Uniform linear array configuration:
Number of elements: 64
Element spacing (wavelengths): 0.5
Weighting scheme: uniform
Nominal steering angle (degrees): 30
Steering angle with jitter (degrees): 31.843
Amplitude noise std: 0.05
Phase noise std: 0.05

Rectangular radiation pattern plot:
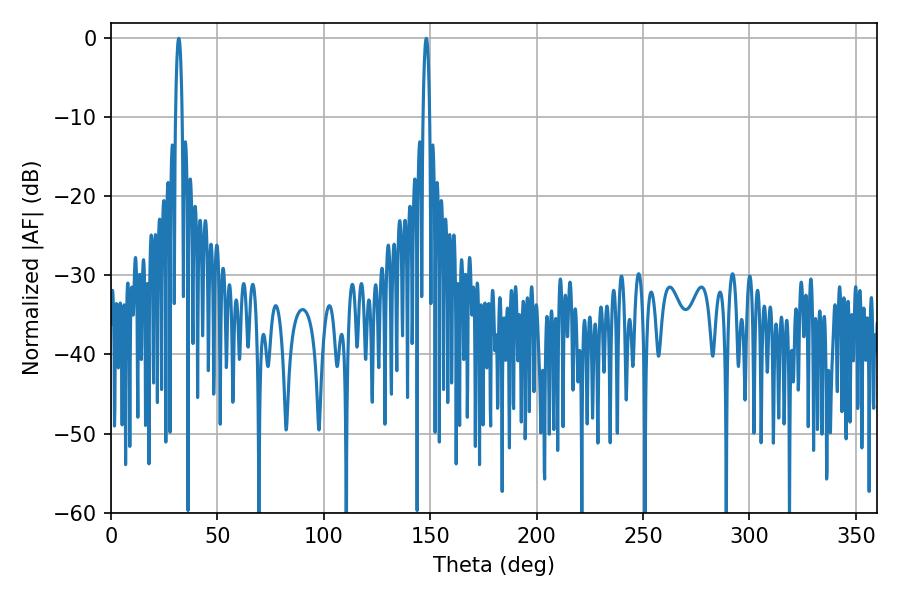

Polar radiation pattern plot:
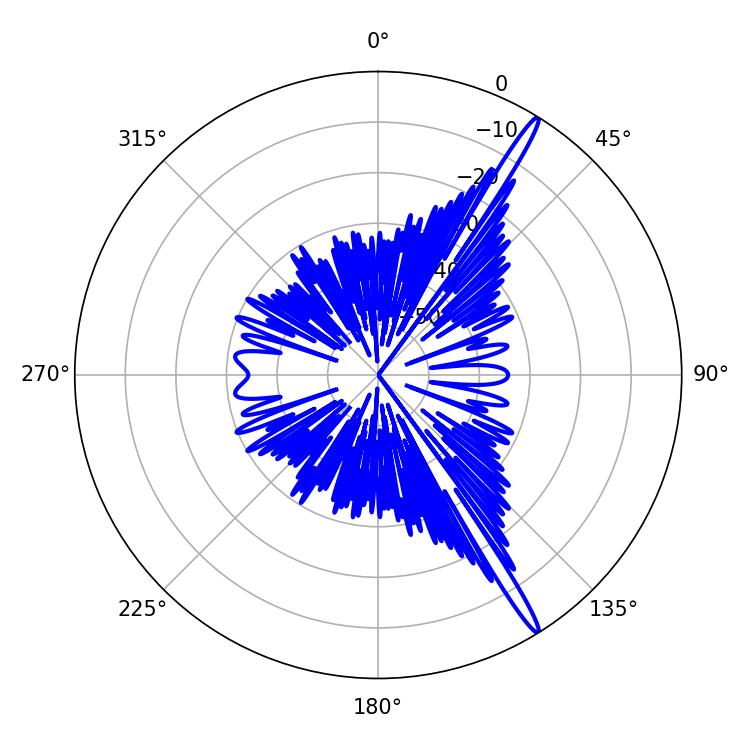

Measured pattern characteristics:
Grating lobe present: FALSE
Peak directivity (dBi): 17.178
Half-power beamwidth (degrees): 1.8
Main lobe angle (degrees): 31.86